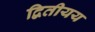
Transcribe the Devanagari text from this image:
द्वितीयय